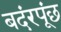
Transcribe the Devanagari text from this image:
बदंरपूंछ